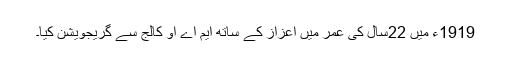
1919ء میں 22سال کی عمر میں اعزاز کے ساتھ ایم اے او کالج سے گریجویشن کیا۔